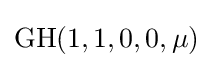
\mathrm {GH} (1,1,0,0,\mu )